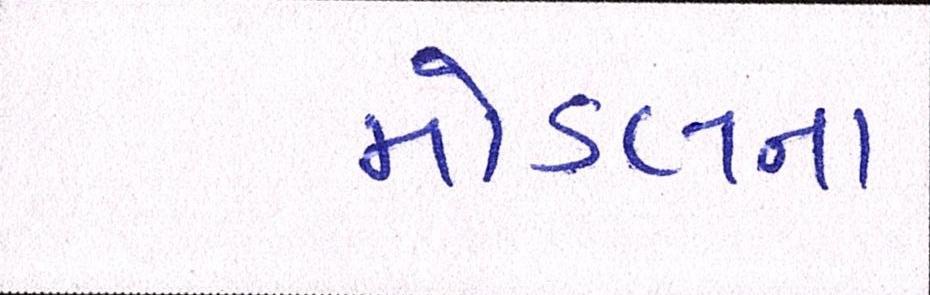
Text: મોડલના